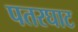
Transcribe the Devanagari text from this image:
पतरघाट